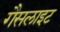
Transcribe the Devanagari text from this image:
गैसलाइट